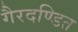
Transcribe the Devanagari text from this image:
गैरदण्डित